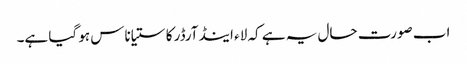
اب صورت حال یہ ہے کہ لاء اینڈ آرڈر کا ستیاناس ہو گیا ہے۔